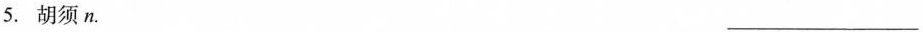
5.胡须n. ___